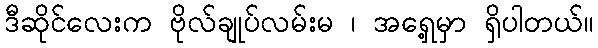
ဒီဆိုင်လေးက ဗိုလ်ချုပ်လမ်းမ ၊ အရှေ့မှာ ရှိပါတယ်။